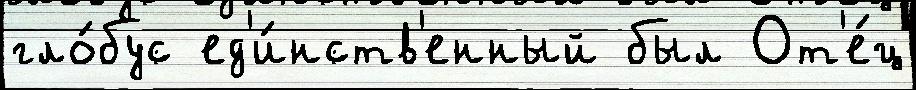
гло́бус ед'и́нств'енный был От'е́ц